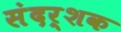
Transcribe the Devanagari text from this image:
संदर्शक